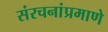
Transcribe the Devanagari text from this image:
संरचनांप्रमाणे